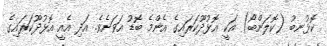
ކޮޅުނބު (ކޮލަންބޯ) އަކީ އޮޅުދޫކަރައިގެ އެންމެ ބޮޑު އަވަށެވެ. އަދި އެއީ އޮޅުދޫކަރައިގެ